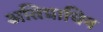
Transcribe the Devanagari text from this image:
अतिप्राचिन